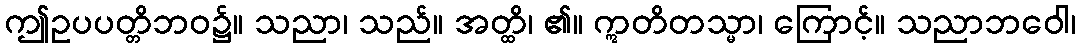
ဤဥပပတ္တိဘဝ၌။ သညာ၊ သည်။ အတ္ထိ၊ ၏။ ဣတိတသ္မာ၊ ကြောင့်။ သညာဘဝေါ၊